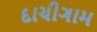
દાચીગામ